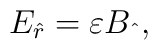
E_{\hat r}=\varepsilon B_{\hat{~} },